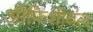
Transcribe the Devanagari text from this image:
ऑफिशीयल